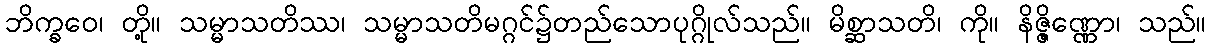
ဘိက္ခဝေ၊ တို့။ သမ္မာသတိဿ၊ သမ္မာသတိမဂ္ဂင်၌တည်သောပုဂ္ဂိုလ်သည်။ မိစ္ဆာသတိ၊ ကို။ နိဇ္ဇိဏ္ဏော၊ သည်။